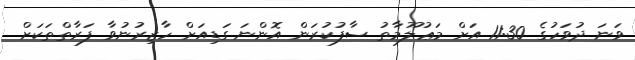
ވަނަ ދުވަހުގެ 11:30 އަށް މަޢުލޫމާތު ސާފުކުރަން އޮންނަ ގަޑިއަށް ހާޒިރުނުވާ ފަރާތްތަކަށް